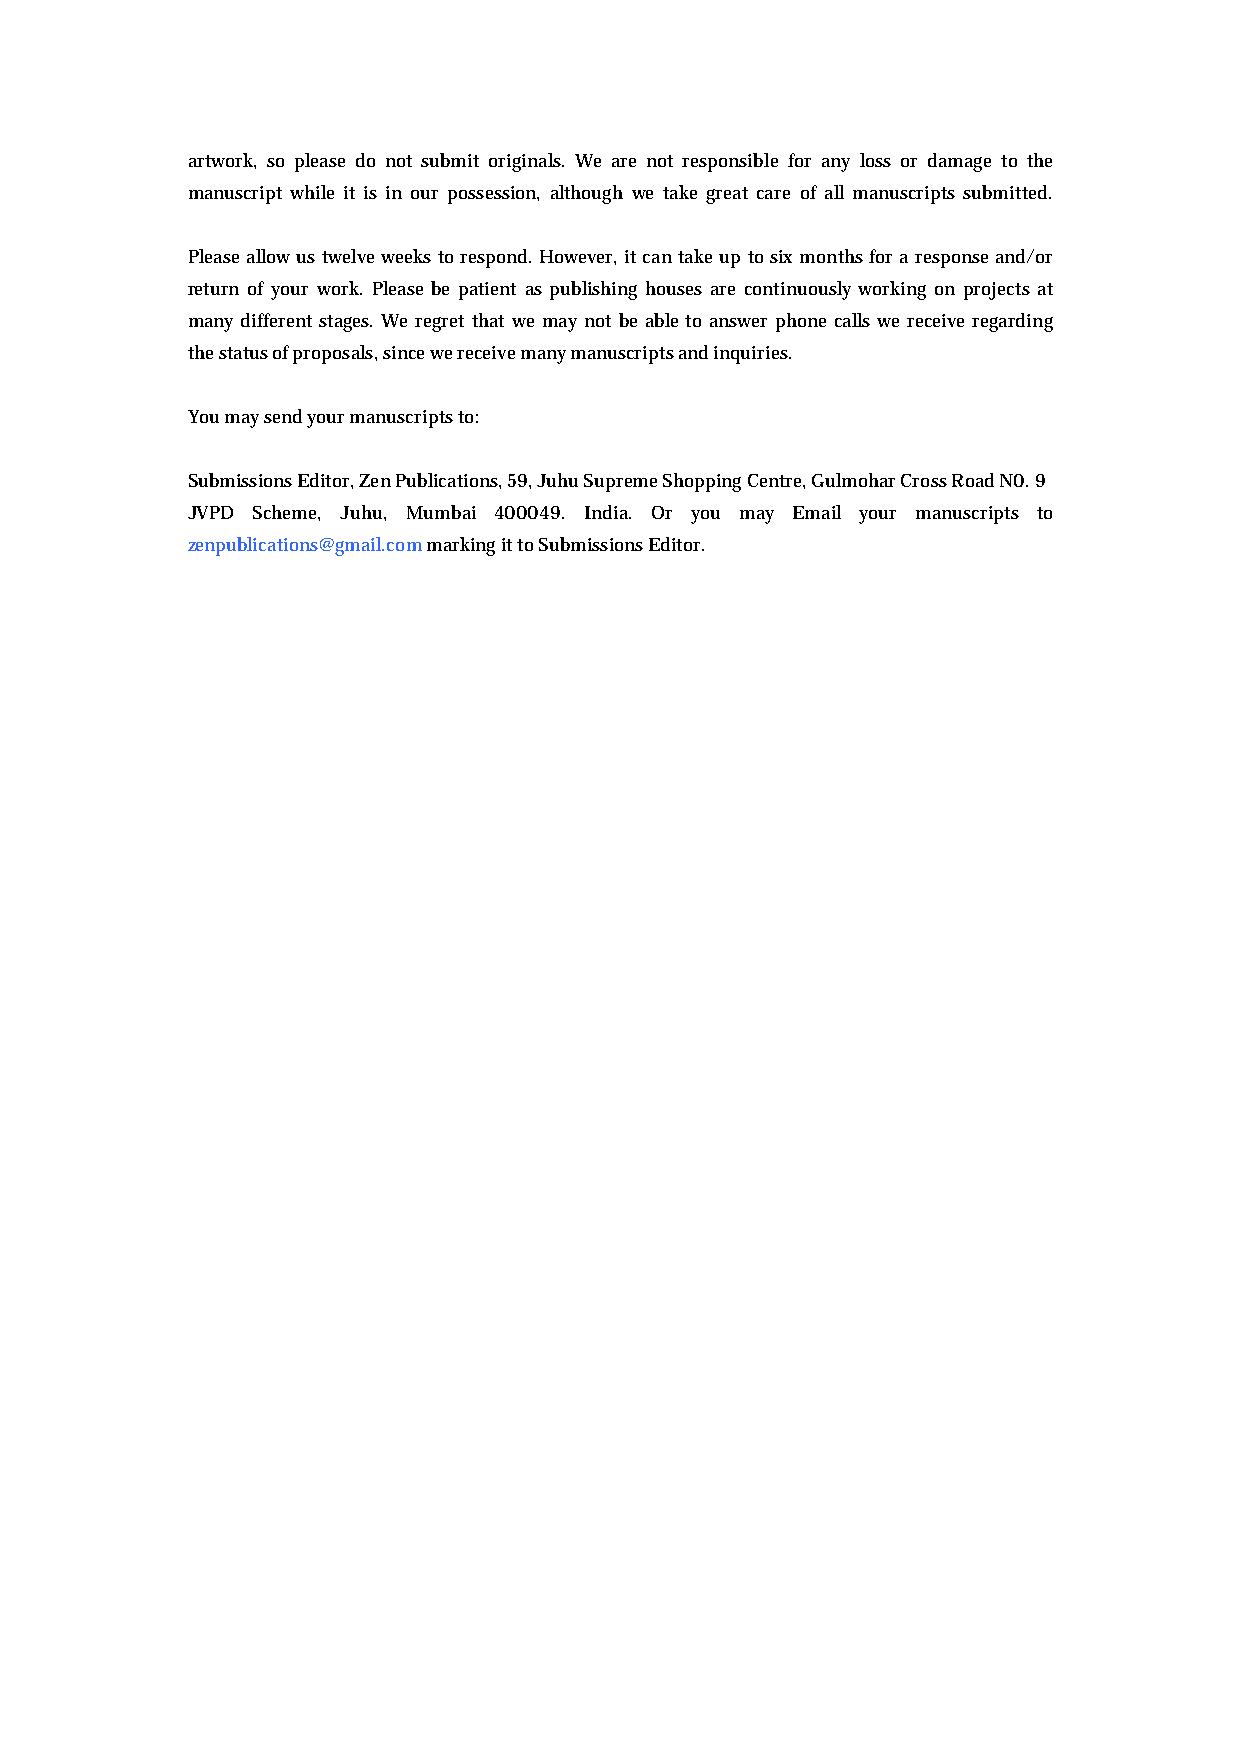
artwork, so please do not submit originals. We are not responsible for any loss or damage to the
 manuscript while it is in our possession, although we take great care of all manuscripts submitted.
 Please allow us twelve weeks to respond. However, it can take up to six months for a response and/or
 return of your work. Please be patient as publishing houses are continuously working on projects at
 many different stages. We regret that we may not be able to answer phone calls we receive regarding
 the status of proposals, since we receive many manuscripts and inquiries.
 You may send your manuscripts to:
 Submissions Editor, Zen Publications, 59, Juhu Supreme Shopping Centre, Gulmohar Cross Road N0. 9
 JVPD Scheme, Juhu, Mumbai 400049. India. Or you may Email your manuscripts to
 zenpublications@gmail.com marking it to Submissions Editor.